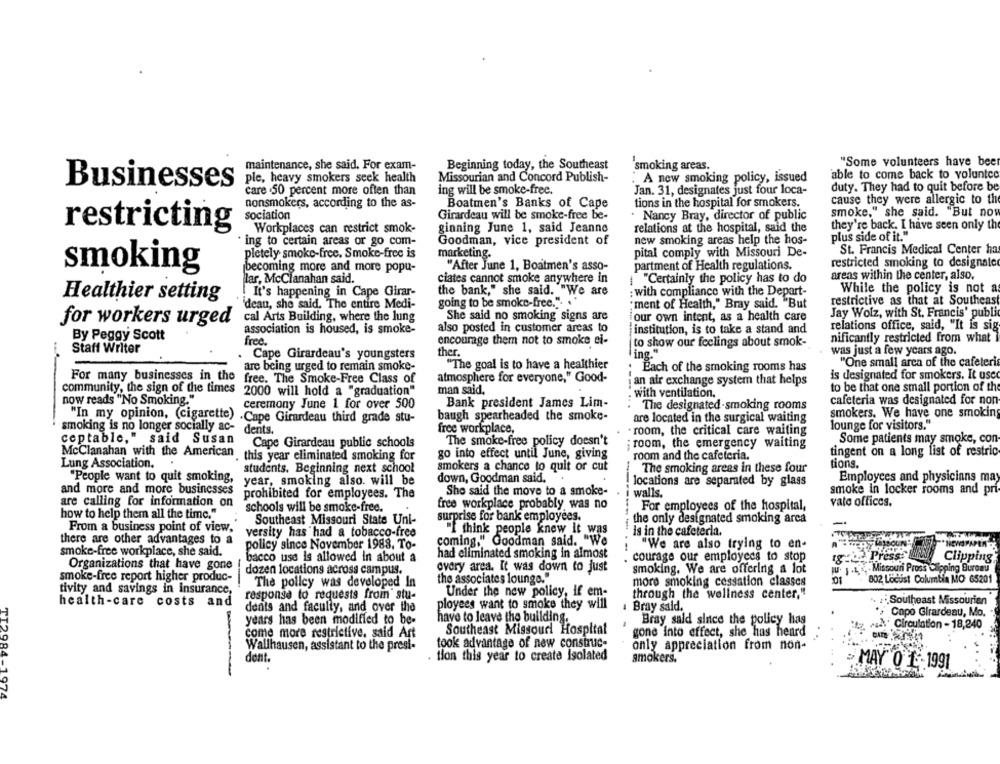
maintenance, she said. For exam-
Beginning today, the Southeast
smoking areas.
"Some volunteers have been
able to come back to voluntce
ple, heavy smokers seek health
Missourian and Concord Publish-
A new smoking policy, issued
Businesses
care .50 percent more often than
ing will be smoke-free.
Jan. 31, designates just four loca-
duty. They had to quit before be
nonsmokers, according to the as-
Boatmen's Banks of Cape
tions in the hospital for smokers.
cause they were allergic to the
sociation
Girardeau will be smoke-free be-
. Nancy Bray, director of public
smoke," she said. "But now
restricting
Workplaces can restrict smok-
ginning June 1, said Jeanne
relations at the hospital, said the
they're back. I have seen only the
plus side of it."
ing to certain areas or go com-
Goodman, vice president of
new smoking areas help the hos-
marketing.
pital comply with Missouri De-
St. Francis Medical Center ha
pletely smoke-free. Smoke-free is
"After June 1, Boatmen's asso-
partment of Health regulations.
restricted smoking to designate
smoking
becoming more and more popu-
areas within the center, also.
lar, McClanahan said.
ciates cannot smoke anywhere in
"Certainly the policy has to do
the bank," she said. "We are
While the policy is not a
Healthier setting
!It's happening in Cape Girar-
: with compliance with the Depart-
'dean, she said. The entire Medi-
going to be smoke-free.".
" ment of Health," Bray said. "But
restrictive as that at Southeast
Jay Wolz, with St. Francis' public
cal Arts Building, where the lung
She said no smoking signs are
our own intent, as a health care
for workers urged
association is housed, is smoke-
also posted in customer areas to
relations office, said, "It is sig
institution, is to take a stand and
By Peggy Scott
free.
encourage them not to smoke ei-
to show our feelings about smok-
nificantly restricted from what
Staff Writer
ther.
was just a few years ago.
Cape Girardeau's youngsters
ing."
are being urged to remain smoke-
"The goal is to have a healthier
"One small area of the cafeteris
: Each of the smoking rooms has
is designated for smokers. It used
For many businesses in the
free. The Smoke-Free Class of
atmosphere for everyone," Good-
an air exchange system that helps
community, the sign of the times
to be that one small portion of the
2000 will hold a "graduation"
man said.
with ventilation.
now reads "No Smoking."
ceremony June 1 for over 500
Bank president James Lim-
----
The designated-smoking rooms
cafeteria was designated for non
smokers. We have one smoking
"In my opinion, (cigarette) .Cape Girardeau third grade stu-
baugh spearheaded the smoke-
are located in the surgical waiting
smoking is no longer socially ac-
free workplace,
lounge for visitors."
dents.
. room, the critical care waiting
ceptable," said Susan
Cape Girardeau public schools
The smoke-free policy doesn't
room, the emergency waiting
Some patients may smoke, con-
tingent on a long list of restric
McClanahan with the American ,this year eliminated smoking for
this year eliminated smoking for
go into effect until June, giving
room and the cafeteria.
Lung Association.
tions.
students. Beginning next school
smokers a chance to quit or cut
The smoking areas in these four
"People want to quit smoking,
year, smoking also. will be
down, Goodman said.
locations are separated by glass
Employees and physicians may
smoke in locker rooms and pri
and more and more businesses
prohibited for employees. The
Sho said the move to a smoke-
walls.
are calling for information on
free workplace probably, was no
vate offices.
schools will be smoke-free.
For employees of the hospital,
how to help them all the time."
Southeast Missouri State Uni-
surprise for bank employees.
the only designated smoking area
From a business point of view,"
versity has had a tobacco-free
"I think people knew it was
is in the cafeteria.
there are other advantages to a
coming." Goodman said. "We
policy since November 1988. To-
"We are also trying to en-
"NEWSPAPER
smoke-free workplace, she said.
had eliminated smoking in almost
-------
courage our employees to stop
bacco use is allowed In about a
Clipping
Organizations that have gone
dozen locations across campus.
every area. It was down to just
smoking. We are offering a lot
1
Missouri Pross Clipping Bureau
smoke-free report higher produc-
the associates lounge."
more smoking cessation classes
802 Locust Columbia MO 65201
The policy was developed In
tivity and savings in insurance,
response to requests from stu-
Under the new policy, if em-
through the wellness center,"
health-care costs and
Southeast Missourien
dents and faculty, and over the
ployees want to smoke they will
Bray said.
Capo Girardeau, Mo.
have to leave the building.
years has been modified to be-
Bray said since the policy has
&g wadl' Circulation - 18,240
come more restrictive, said Art
Southeast Missouri Hospital
gone into effect, she has heard
Wallhausen, assistant to the presi-
took advantage of new construc-
only appreciation from non-
tion this year to create Isolated
dent.
smokers.
MAY 0 1 -1991
TI2984-1974